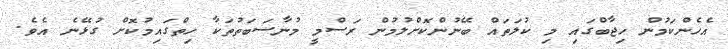
އެހެންކަމުން ހިޖާބްގައި މި ކުލަތައް ބޭނުންކޮށްލުމުން ރަސްމީ މުނާސަބަތުތަކާ ހިތްގައިމުކޮށް ގުޅޭނެ އެވެ.